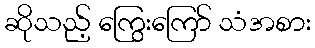
ဆိုသည့် ကြွေးကြော် သံအစား